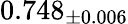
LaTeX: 0.748_{\pm 0.006}